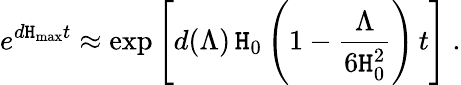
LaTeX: e^{d\mathtt{H}_{\mathrm{{max}}}t}\approx\exp\left[d(\Lambda)\, \mathtt{H}_{0}\left(1-{\frac{{\Lambda}}{{6\mathtt{H}_{0}^{2}}}}\right)\, t\right]\ .